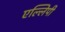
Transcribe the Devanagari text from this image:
एल्लिपी